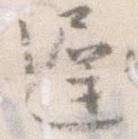
遅